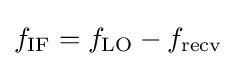
f_{\text{IF}}=f_{\text{LO}}-f_{\text{recv}}